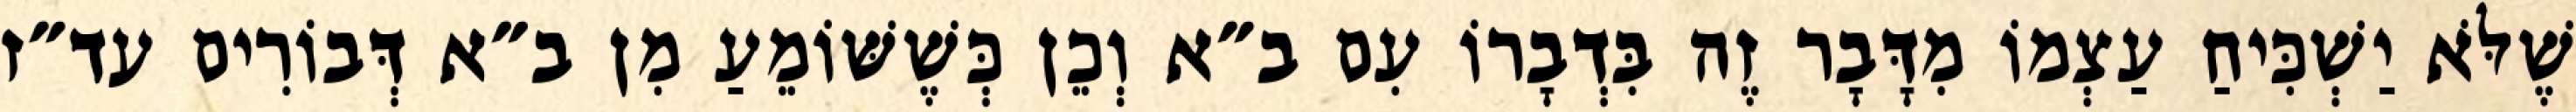
שֶׁלֹּא יַשְׁכִּיחַ עַצְמוֹ מִדָּבָר זֶה בִּדְבָרוֹ עִם ב״א וְכֵן כְּשֶׁשּׁוֹמֵעַ מִן ב״א דְּבוֹרִים עד״ז